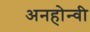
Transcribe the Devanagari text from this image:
अनहोन्‍वी